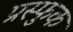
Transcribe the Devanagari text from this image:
प्रस्फुक